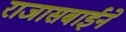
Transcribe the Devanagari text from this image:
राजासबाईने